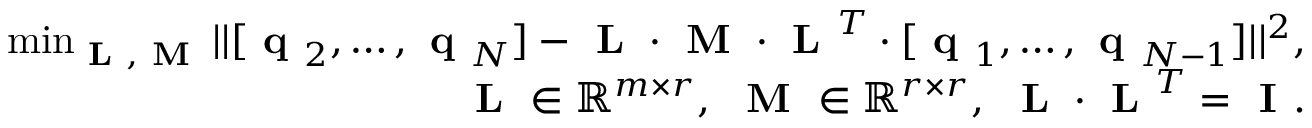
\begin{array} { r } { \operatorname* { m i n } _ { \textbf { L } , \textbf { M } } | | [ \textbf { q } _ { 2 } , \dots , \textbf { q } _ { N } ] - \textbf { L } \cdot \textbf { M } \cdot \textbf { L } ^ { T } \cdot [ \textbf { q } _ { 1 } , \dots , \textbf { q } _ { N - 1 } ] | | ^ { 2 } , } \\ { \textbf { L } \in \mathbb { R } ^ { m \times r } , \ \textbf { M } \in \mathbb { R } ^ { r \times r } , \ \textbf { L } \cdot \textbf { L } ^ { T } = \textbf { I } . } \end{array}